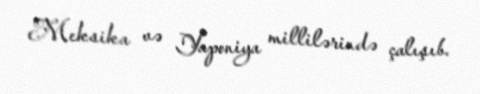
Meksika və Yaponiya millilərində çalışıb.